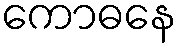
ကောဓနေ